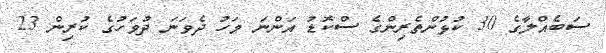
ސަބެއްލާގެ 30 ކުޅުންތެރިންގެ ސްކޮޑު އަންނަ މަހު ދެވަނަ ދުވަހުގެ ކުރިން 23